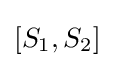
[S_{1},S_{2}]